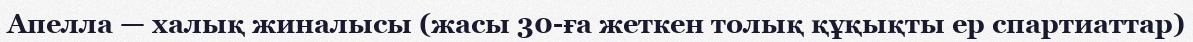
Апелла — халық жиналысы (жасы 30-ға жеткен толық құқықты ер спартиаттар)